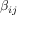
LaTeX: \beta _ { i j }